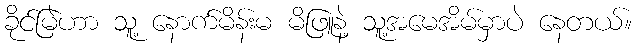
ခိုင်မြဲဟာ သူ့ နောက်မိန်းမ မိဖြူနဲ့ သူ့အမေအိမ်မှာပဲ နေတယ်။